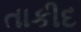
તાકીદ